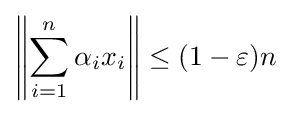
\left\|\sum _{i=1}^{n}\alpha _{i}x_{i}\right\|\leq (1-\varepsilon )n